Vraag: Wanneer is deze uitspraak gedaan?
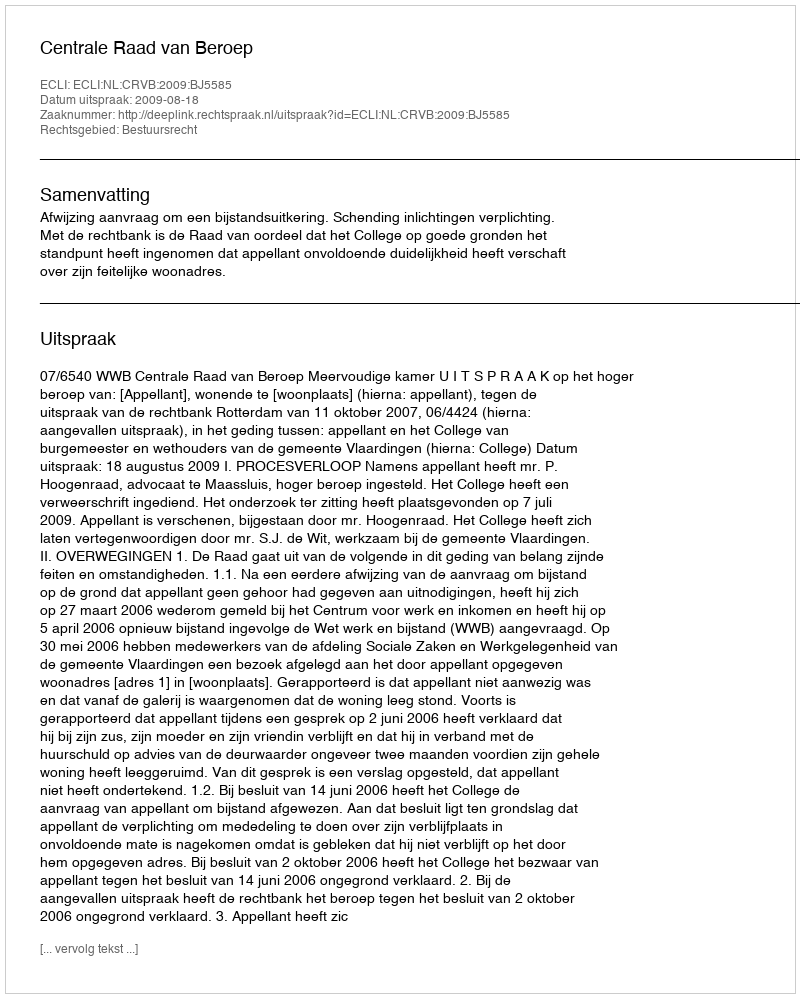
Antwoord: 2009-08-18